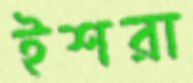
ইশরা